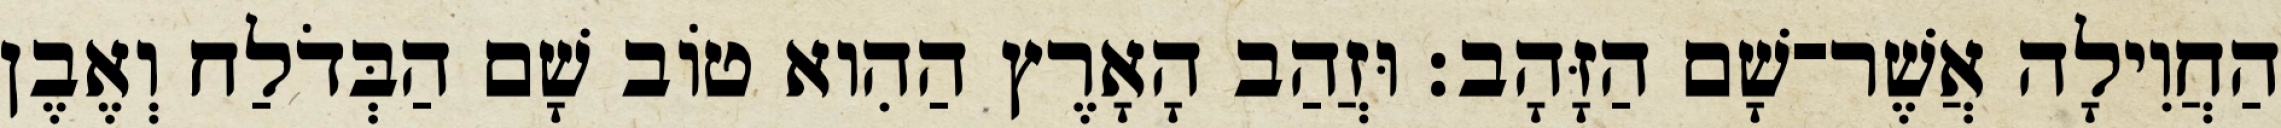
הַחֲוִילָה אֲשֶׁר־שָׁם הַזָּהָב׃ וּזֲהַב הָאָרֶץ הַהִוא טֹוב שָׁם הַבְּדֹלַח וְאֶבֶן